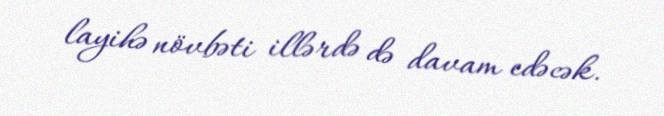
layihə növbəti illərdə də davam edəcək.